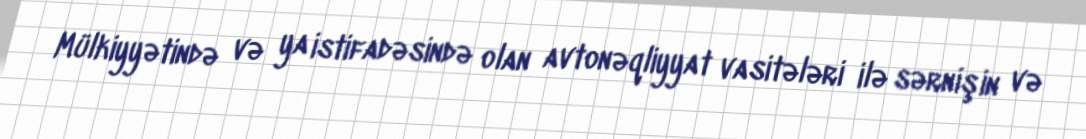
Mülkiyyətində və ya istifadəsində olan avtonəqliyyat vasitələri ilə sərnişin və